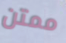
ممتن